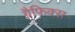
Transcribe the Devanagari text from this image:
ग्रैफ़िक्स